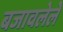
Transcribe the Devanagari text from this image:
बजावलेले